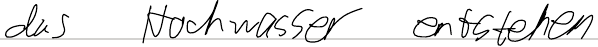
das Hochwasser entstehen